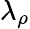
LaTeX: \lambda_{\rho}